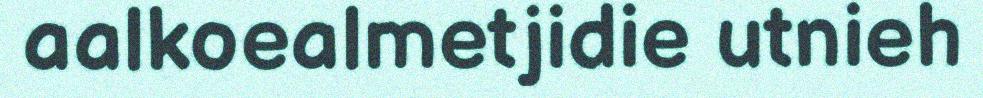
aalkoealmetjidie utnieh